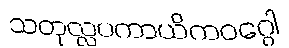
သတုလ္လပကာယိကဝဂ္ဂေါ